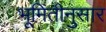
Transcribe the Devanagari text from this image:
भूमितीनुसार